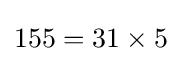
155=31\times 5